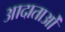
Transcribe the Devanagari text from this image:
आदाताओं